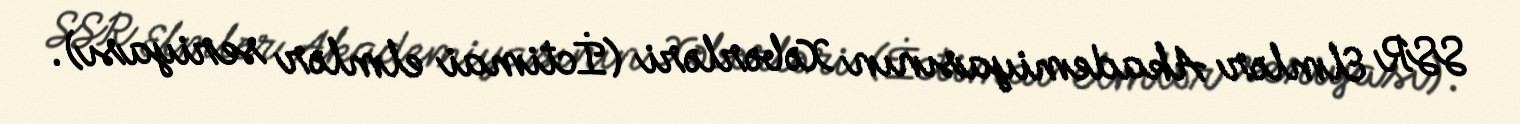
SSR Elmlər Akademiyasının Xəbərləri (İctimai elmlər seriyası).